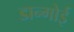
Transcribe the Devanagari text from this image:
डान्गोई